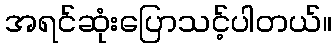
အရင်ဆုံးပြောသင့်ပါတယ်။